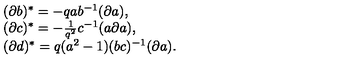
\begin{array} { l } { ( \partial b ) ^ { * } = - q a b ^ { - 1 } ( \partial a ) , } \\ { ( \partial c ) ^ { * } = - \frac { 1 } { q ^ { 2 } } c ^ { - 1 } ( a \partial a ) , } \\ { ( \partial d ) ^ { * } = q ( a ^ { 2 } - 1 ) ( b c ) ^ { - 1 } ( \partial a ) . } \\ \end{array}